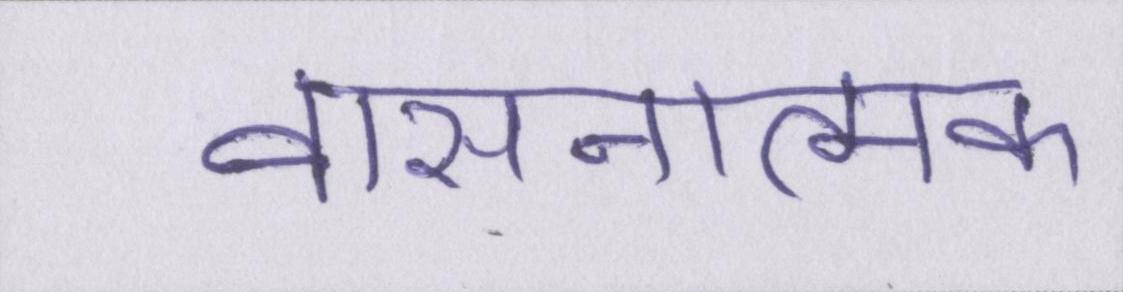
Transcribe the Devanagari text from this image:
वासनात्मक